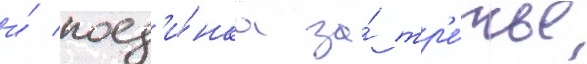
и́ поед'и́нка за́ тр'е́тье